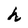
Character: h